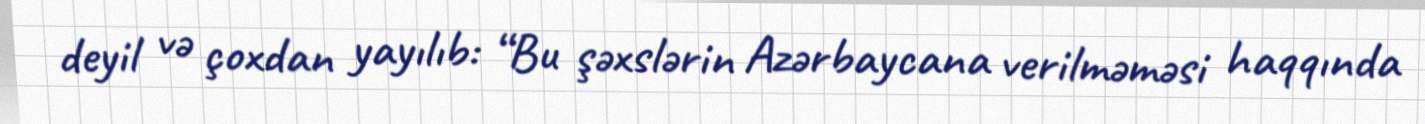
deyil və çoxdan yayılıb: “Bu şəxslərin Azərbaycana verilməməsi haqqında